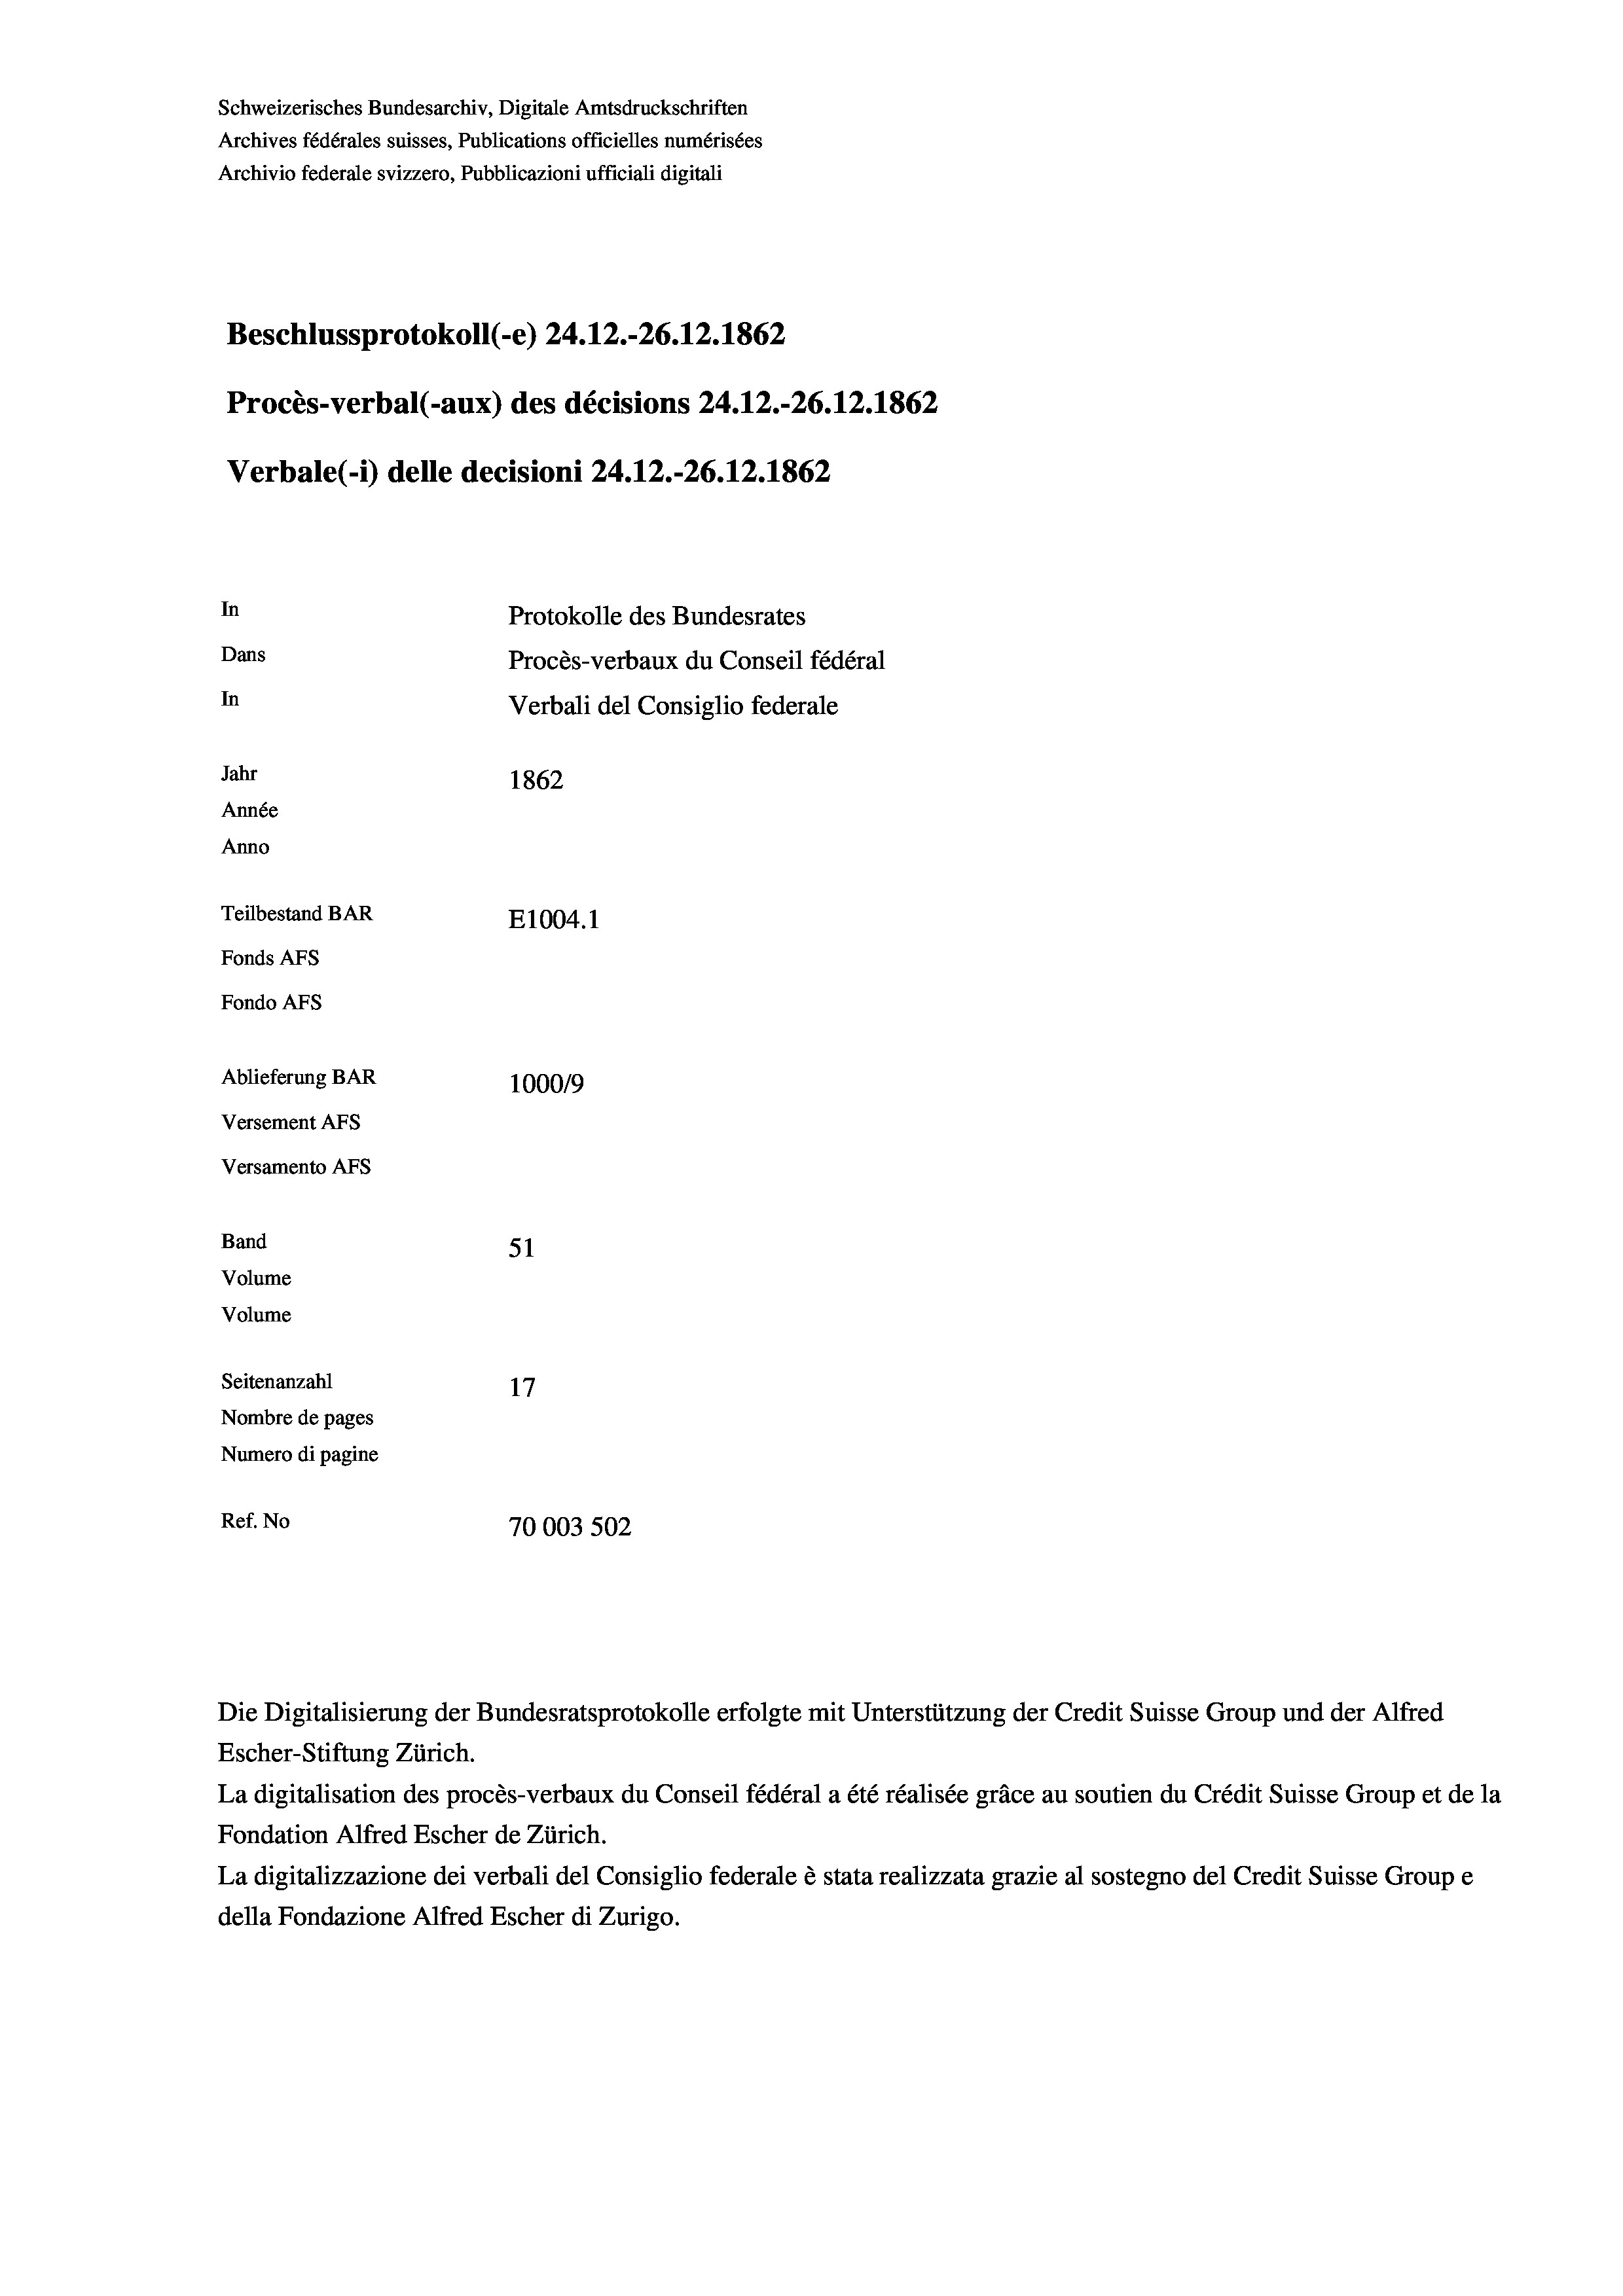
Schweizerisches Bundesarchiv, Digitale Amtsdruckschriften
Archives fédérales suisses, Publications officielles numérisées
Archivio federale svizzero, Pubblicazioni ufficiali digitali
Beschlussprotokoll (-e) 24.12.-26.12.1862
Procès-verbal (-aux) des décisions 24.12.-26.12.1862
Verbale (i) delle decisioni 24.12.-26.12.1862
In
Protokolle des Bundesrates
Dans
Procès-verbaux du Conseil fédéral
In
Verbali del Consiglio federale
Jahr
1862
Année
Anno
Teilbestand BAR
E1004. 1
Fonds AFs
Fondo AFs
Ablieferung BAR
100019
Versement AFs
Versamento AFs
Band
51
Volume
Volume
Seitenanzahl
17
17
Nombre de pages
Numero di pagine
Ref. No
70003 502

Escher-Stiftung Zürich.
La digitalisation des procès-verbaux du Conseil fédéral a été réalisée gräce au soutien du Crédit Suisse Group et de la
Fondation Alfred Escher de Zürich.
La digitalizzazione dei verbali del Consiglio federale è stata realizzata grazie al sostegno del Credit Suisse Groupe
della Fondazione Alfred Escher di Zurigo.

Die Digitalisierung der Bundesratsprotokolle erfolgte mit Unterstützung der Credit Suisse Group und der Alfred